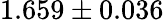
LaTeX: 1.659\pm 0.036